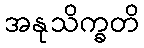
အနုသိက္ခတိ